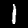
Digit: 1